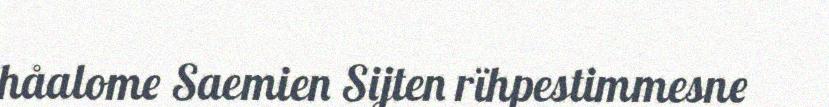
håalome Saemien Sijten rïhpestimmesne